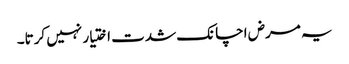
یہ مرض اچانک شدت اختیار نہیں کرتا۔